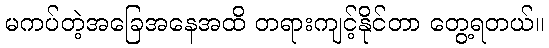
မကပ်တဲ့အခြေအနေအထိ တရားကျင့်နိုင်တာ တွေ့ရတယ်။